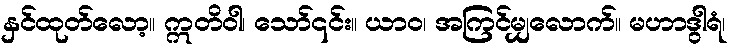
နှင်ထုတ်လော့။ ဣတိဝါ၊ သော်၎င်း။ ယာဝ၊ အကြင်မျှလောက်။ မဟာဒွါရံ၊